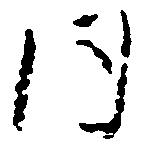
同